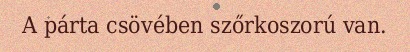
A párta csövében szőrkoszorú van.